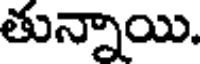
తున్నాయి.